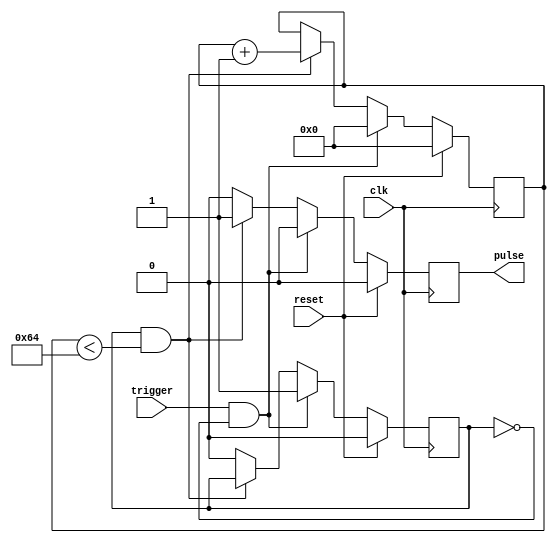
module one_shot_timer (
    input wire clk,
    input wire trigger,
    input wire reset,
    output reg pulse
);

reg [15:0] counter;
reg sync_trigger;

always @(posedge clk) begin
    if (reset) begin
        counter <= 16'd0;
        sync_trigger <= 1'b0;
        pulse <= 1'b0;
    end else begin
        if (trigger && !sync_trigger) begin
            counter <= 16'd0;
            sync_trigger <= 1'b1;
            pulse <= 1'b0;
        end else if (sync_trigger && counter < 16'd100) begin
            counter <= counter + 1;
            pulse <= 1'b1;
        end else begin
            sync_trigger <= 1'b0;
            pulse <= 1'b0;
        end
    end
end

endmodule